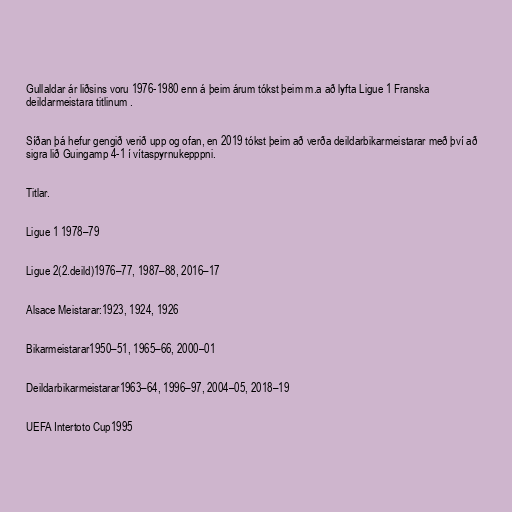
Gullaldar ár liðsins voru 1976-1980 enn á þeim árum tókst þeim m.a að lyfta Ligue 1 Franska
deildarmeistara titlinum .

Síðan þá hefur gengið verið upp og ofan, en 2019 tókst þeim að verða deildarbikarmeistarar með því að
sigra lið Guingamp 4-1 í vítaspyrnukepppni.

Titlar.

Ligue 1 1978–79

Ligue 2(2.deild)1976–77, 1987–88, 2016–17

Alsace Meistarar:1923, 1924, 1926

Bikarmeistarar1950–51, 1965–66, 2000–01

Deildarbikarmeistarar1963–64, 1996–97, 2004–05, 2018–19

UEFA Intertoto Cup1995